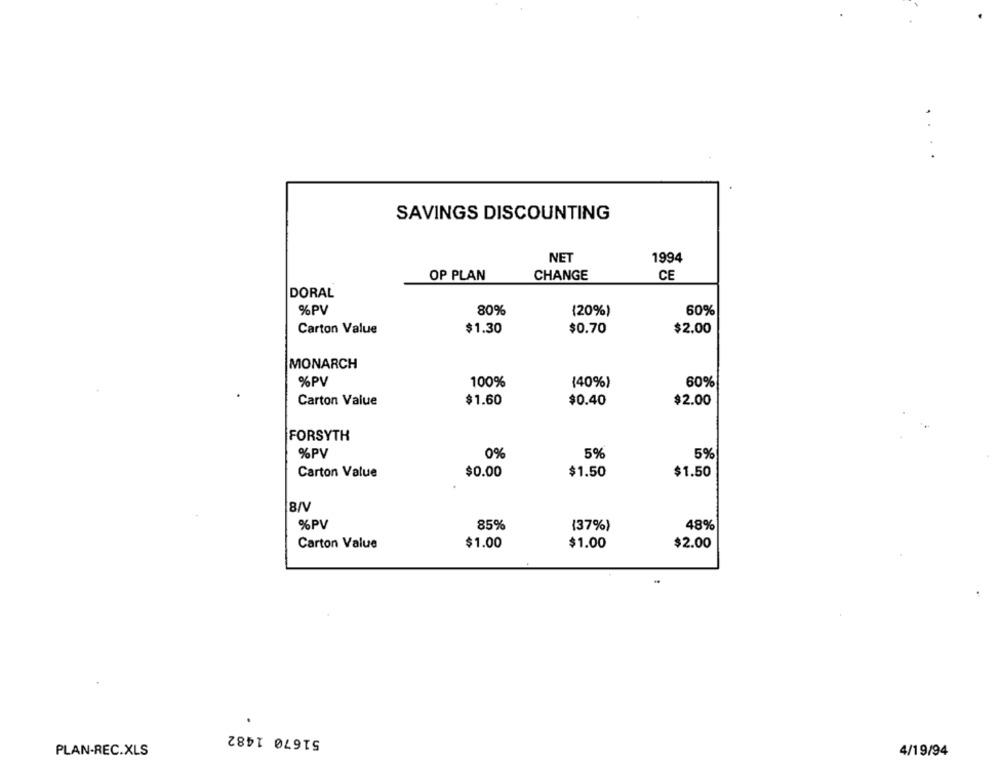
SAVINGS DISCOUNTING
NET
1994
CE
OP PLAN
CHANGE
DORAL
% PV
80%
(20%)
60%
Carton Value
$1.30
$0.70
$2.00
MONARCH
%PV
100%
(40%)
60%
Carton Value
$1.60
$0.40
$2.00
FORSYTH
% PV
0%
5%
5%
$1.50
Carton Value
$0.00
$1.50
% PV
85%
48%
(37%)
Carton Value
$1.00
$1.00
$2.00
51670 1482
PLAN-REC.XLS
4/19/94